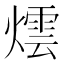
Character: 𭶀